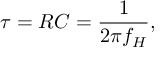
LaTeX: \tau = R C = { \frac { 1 } { 2 \pi f _ { H } } } ,